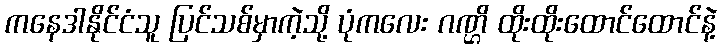
ကနေဒါနိုင်ငံသူ ပြင်သစ်မှာကဲ့သို့ ပုံကလေး ဂဏ္ဌိ ထိုးထိုးထောင်ထောင်နဲ့